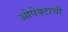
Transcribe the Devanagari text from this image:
ओपेक्टाची